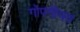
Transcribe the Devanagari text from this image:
गोपनीयत